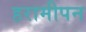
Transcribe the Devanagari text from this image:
हरामीपन